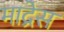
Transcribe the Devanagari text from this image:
माद्रेस